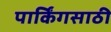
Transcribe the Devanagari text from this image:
पार्किंगसाठी